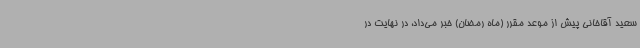
سعید آقاخانی پیش از موعد مقرر (ماه رمضان) خبر می‌داد، در نهایت در